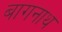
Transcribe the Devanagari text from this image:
बागनाथ